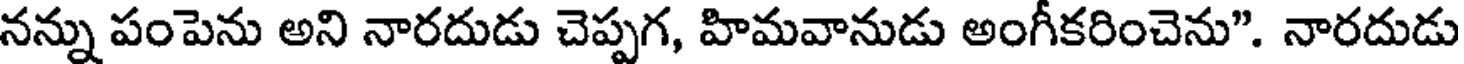
నన్ను పంపెను అని నారదుడు చెప్పగ, హిమవానుడు అంగీకరించెను". నారదుడు